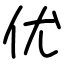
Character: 优